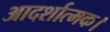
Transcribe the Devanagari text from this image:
आदर्शात्मक।